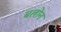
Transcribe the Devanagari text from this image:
बलोन